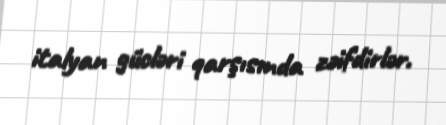
italyan gücləri qarşısında zəifdirlər.